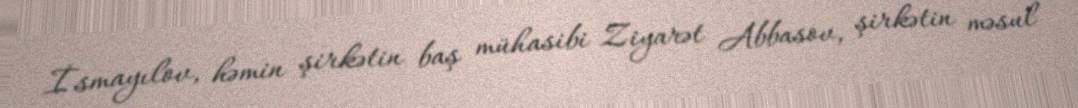
İsmayılov, həmin şirkətin baş mühasibi Ziyarət Abbasov, şirkətin məsul